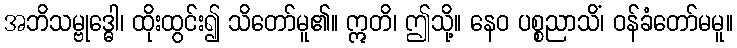
အဘိသမ္ဗုဒ္ဓေါ၊ ထိုးထွင်း၍ သိတော်မူ၏။ ဣတိ၊ ဤသို့။ နေဝ ပစ္စညာသိံ၊ ဝန်ခံတော်မမူ။